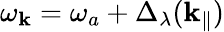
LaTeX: \omega_{\mathbf{k}}=\omega_{a}+\Delta_{\lambda}({\textbf k}_{\| })